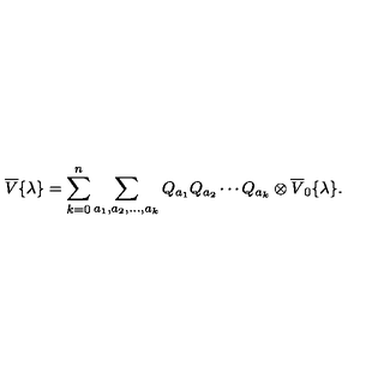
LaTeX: \overline { { V } } { \{ } \lambda { \} } = \sum _ { k = 0 } ^ { n } \sum _ { a _ { 1 } , a _ { 2 } , \ldots , a _ { k } } Q _ { a _ { 1 } } Q _ { a _ { 2 } } \cdots Q _ { a _ { k } } \otimes \overline { { V } } _ { 0 } { \{ } \lambda { \} } .